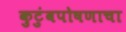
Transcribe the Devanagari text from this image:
कुटुंबपोषणाचा